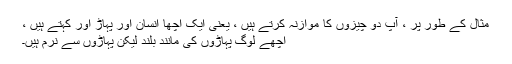
مثال کے طور پر ، آپ دو چیزوں کا موازنہ کرتے ہیں ، یعنی ایک اچھا انسان اور پہاڑ اور کہتے ہیں ،
اچھے لوگ پہاڑوں کی مانند بلند لیکن پہاڑوں سے نرم ہیں۔